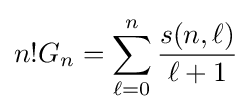
n!G_{n}=\sum _{\ell =0}^{n}{\frac {s(n,\ell )}{\ell +1}}